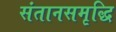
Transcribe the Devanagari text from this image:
संतानसमृद्धि